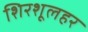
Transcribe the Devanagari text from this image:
शिरशूलहर